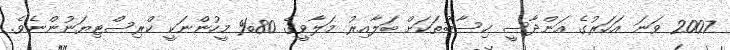
2007 ވަނަ އަހަރުގެ އަންދާސީ ހިސާބުތަކަށް ބަލާއިރު މަލާވީގެ 80% މީހުންނަކީ ކްރިސްޓިޔަނުންނެވެ.